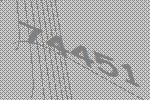
74451